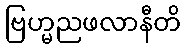
ဗြဟ္မညဖလာနီတိ